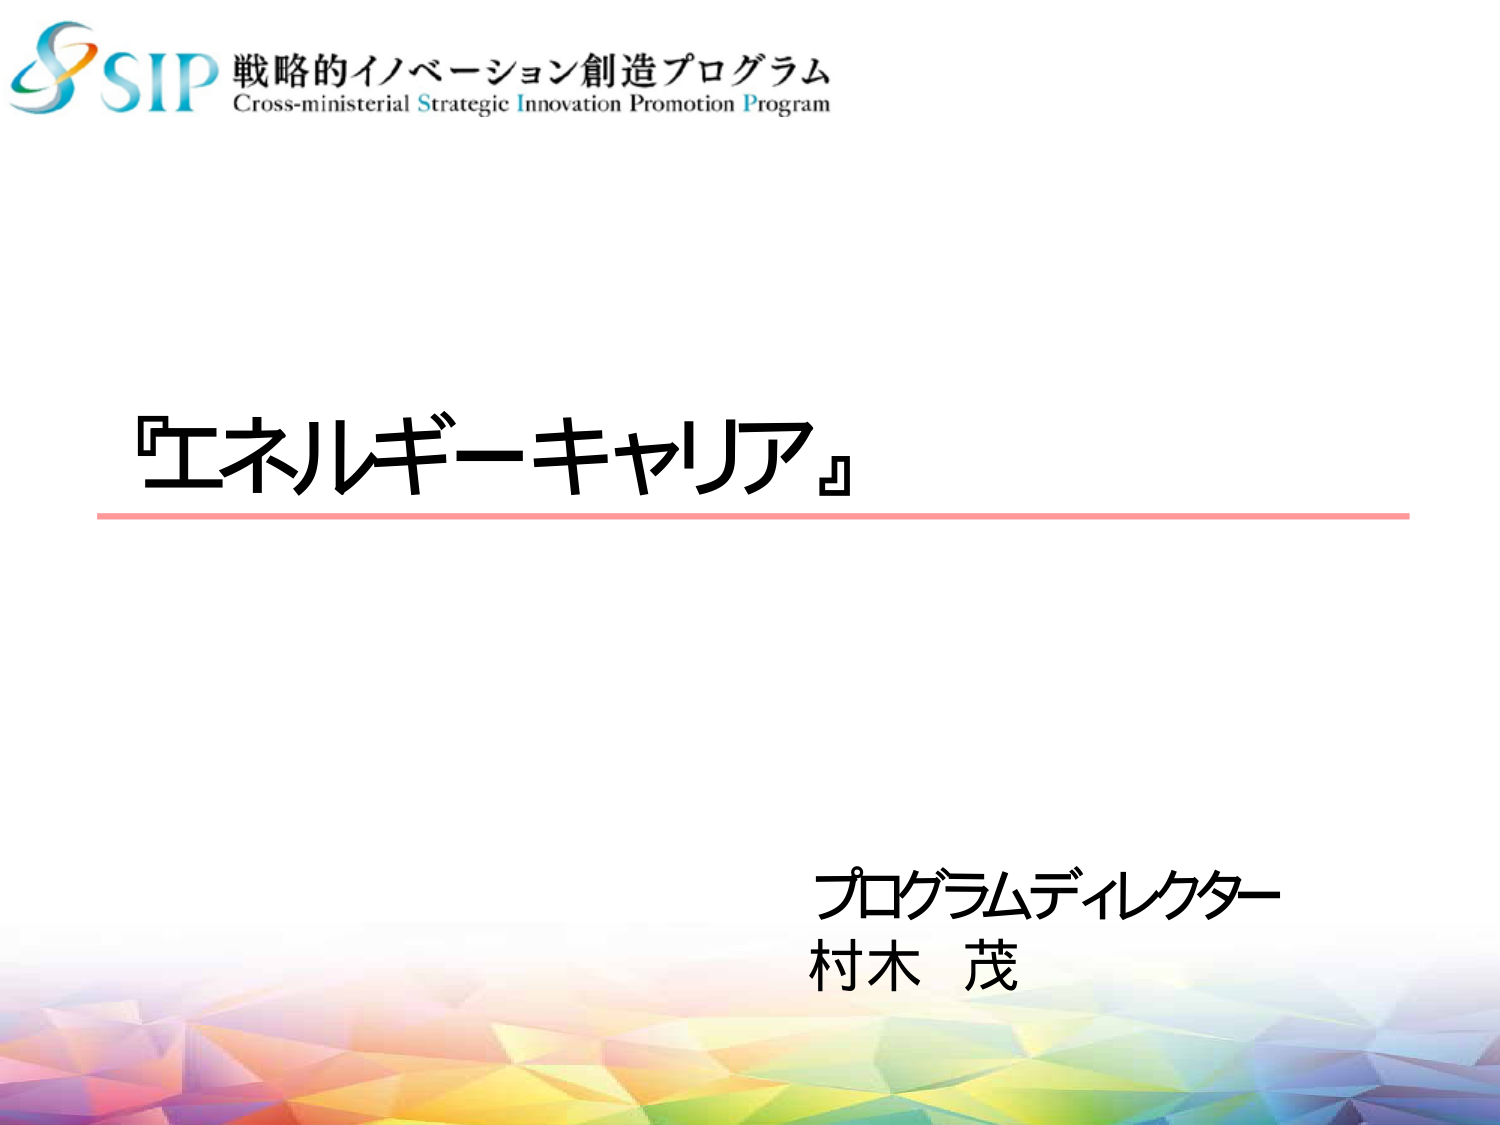
SIP 戦略的イノベーション創造プログラム
Cross-ministerial Strategic Innovation Promotion Program

『エネルギー キャリア』

プログラムディレクター
村木 茂